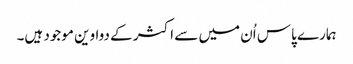
ہمارے پاس اُن میں سے اکثر کے دواوین موجود ہیں۔